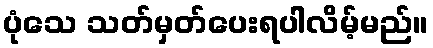
ပုံသေ သတ်မှတ်ပေးရပါလိမ့်မည်။